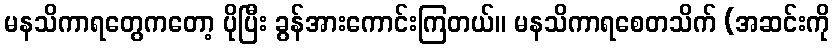
မနသိကာရတွေကတော့ ပိုပြီး ခွန်အားကောင်းကြတယ်။ မနသိကာရစေတသိက် (အဆင်းကို